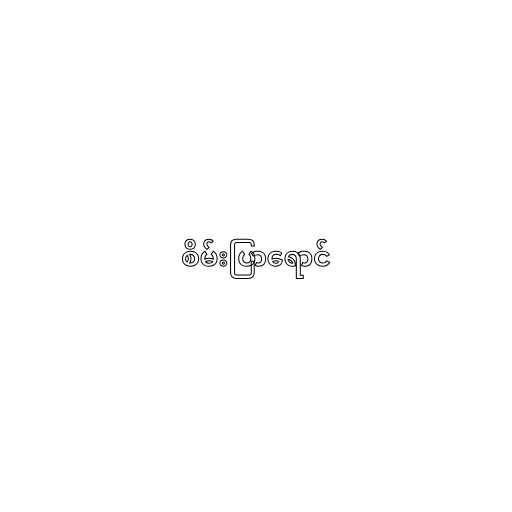
စိမ်းပြာရောင်